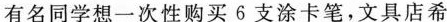
有名同学想一次性购买6支涂卡笔，文具店希